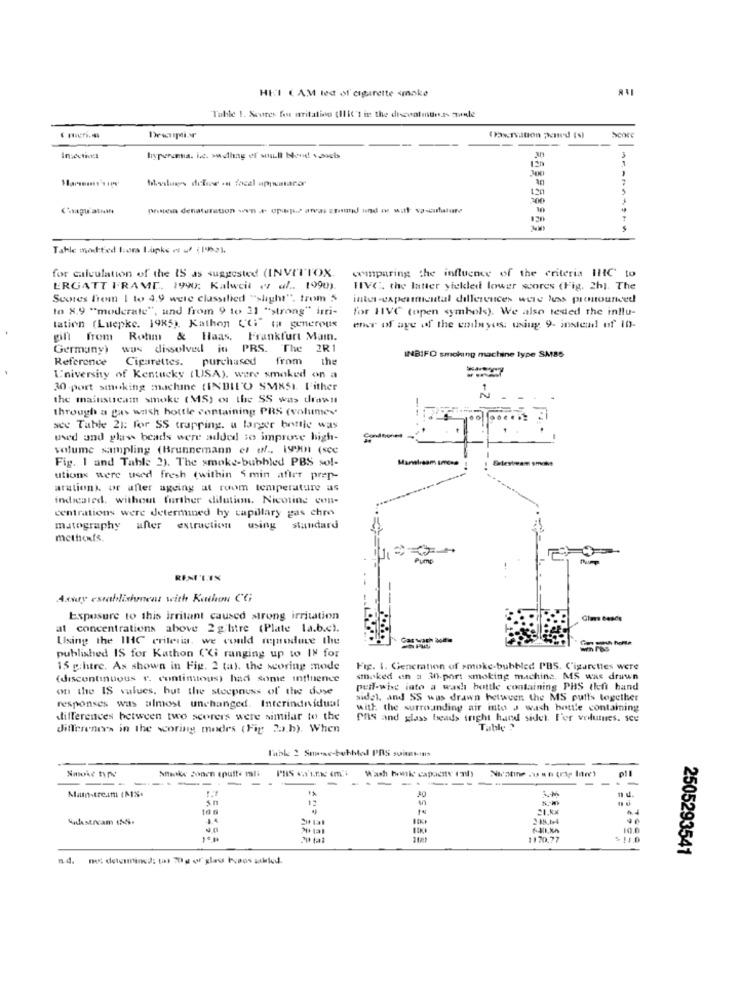
HEI ( AM led of cigarette smoke
Table 1. Scores tous writation (Ilit's in the discoofunits,as zadle
Desciptir
faxTvation pered ($)
3
hyperuma. ix. sodling ef soull bond avels
30
Ilvalues delow on focal appuntarar
per denaturation wen + opis arvas eromd und me with vascufuture
Tahle modified toora Lipke vs uf (1999).
for calculation of the IS as suggested (INVITTOX.
comparing the influence of the criteria IHC to
ERGATT F'RAME. 1990: Kalweit er al .. 1990).
HIVC. the latter yickled lower scores (Fig. 2h). The
Scores from 1 to 4.9 were classified "slight". trom 5
inter-experimental differences were las pronounced
Io 8.9 "moderate"", und from 9 to 21 "strong" irri-
for HIVC (open symbols). We also tested the influ-
tation (Luepke. 1985). Kathon Cti" (a generous
ener of age of the coilyes: using 9. instead of in-
gift from Rohm & Haas, Frankfurt Main.
Germany)
was dissolved in PRS. The 2R1
Reference
Cigarettes. purchased from
the
INBIFO smoking machine type SMBS
University of Kentucky (USA), were smoked on a
30 port smoking machine (INBIL'O SMKSI. I'ither
the mainstream smoke (MS) on the SS was drawn
through a gas wash bottle containing PRS (volumes
ace Table 21: for SS trapping. a larger bottle was
word and glass beads were added to improve high-
Condoones
volume sampling (Brunnemann et of ., 19901 (see
Fig. 1 and Table 2). The smoke-bubbled PBS sol-
tam smoke
utions were used fresh (within S min after prep-
aration or after ageing at room temperature as
indicated, without further dilution. Nicotine con-
centrations were determined hy capillary gas chres
matography after extraction using standard
methenfs.
REMPLIS
Assay establishment with Kathon CG
Exposure to this irritant caused strong irritation
at concentrations above 2 g hire (Plate la.b.c).
Using the IHC criteria, we could reproduce the
published IS for Kathon ('Ci ranging up to IN for
15 g.htre. As shown in Fig. 2 (a). the scoring mode
Fig. 1. Generation of smoke-bubbled PBS. Cigarettes were
(discontinuous t. contintous) had some influence
smoked an a 30-port smoking machine. MS was drawn
on the IS values, but the steepness of the dose
perl-whg into a wash bottle containing PHS (left hand
Nidel, and SS was drawn between the MS puits together
responses was almost unchanged. Interindividual
with the surrounding air into a wash bottle containing
differences between two scorers were similar to the
Phs and glass beads iright hand sidel. For volumnes. sce
differences in the scoring modes (Fig 2a.b). When
l'abk 2 Smose-bubbled PRS soitatons
Naks Jonen cpuft. ml: PRIS ca'tre im'i
Wash hele capacity (nb)
-------
---
-
Mannstreim (A1%.
sn
17
in
Madde stream the.
10.0
1170.77
$ 11.0
2505293541
n.d. nos determined: tar 70 g of glass beads schied.